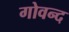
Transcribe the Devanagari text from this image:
गोवन्द